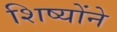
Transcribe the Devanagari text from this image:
शिष्योंने